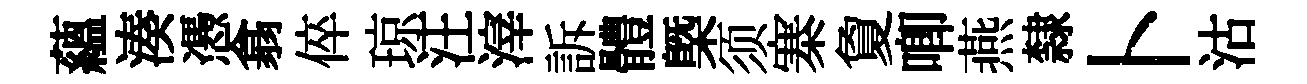
藴湊慿翕倅琼汪滓訴體槩须寨夐唧燕隸卜沽